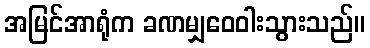
အမြင်အာရုံက ခဏမျှဝေဝါးသွားသည်။